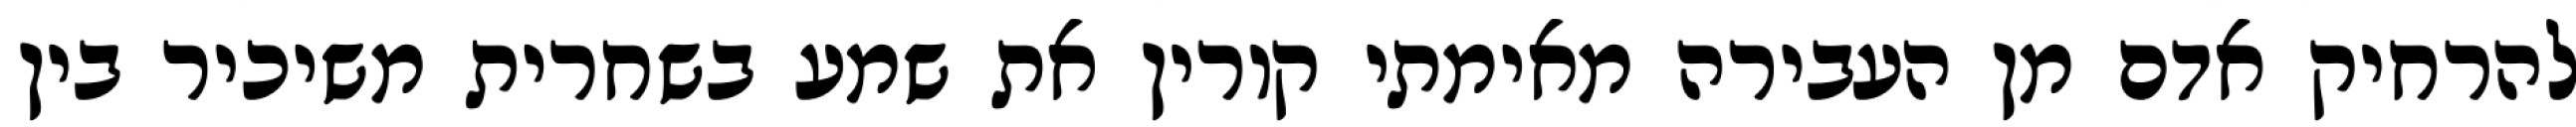
להרחיק אדם מן העבירה מאימתי קורין את שמע בשחרית משיכיר בין